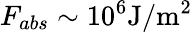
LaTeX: F_{abs}\sim 10^{6}\mathrm{J/m^{2}}